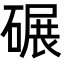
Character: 碾